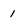
Character: 1